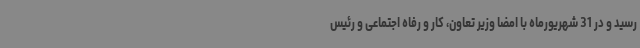
رسید و در 31 شهریورماه با امضا وزیر تعاون، کار و رفاه اجتماعی و رئیس